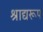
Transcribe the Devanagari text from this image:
श्राद्यरूप